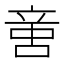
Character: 𠶷